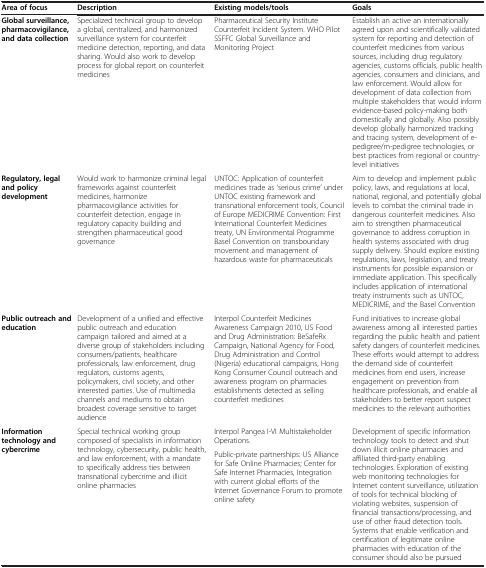
<table><thead><tr><td><b>Area of focus</b></td><td><b>Description</b></td><td><b>Existing models/tools</b></td><td><b>Goals</b></td></tr></thead><tbody><tr><td><b>Global surveillance, pharmacovigilance, and data collection</b></td><td>Specialized technical group to develop a global, centralized, and harmonized surveillance system for counterfeit medicine detection, reporting, and data sharing. Would also work to develop process for global report on counterfeit medicines</td><td>Pharmaceutical Security Institute Counterfeit Incident System. WHO Pilot SSFFC Global Surveillance and Monitoring Project</td><td>Establish an active an internationally agreed upon and scientifically validated system for reporting and detection of counterfeit medicines from various sources, including drug regulatory agencies, customs officials, public health agencies, consumers and clinicians, and law enforcement. Would allow for development of data collection from multiple stakeholders that would inform evidence-based policy-making both domestically and globally. Also possibly develop globally harmonized tracking and tracing system, development of e-pedigree/m-pedigree technologies, or best practices from regional or country-level initiatives</td></tr><tr><td><b>Regulatory, legal and policy development</b></td><td>Would work to harmonize criminal legal frameworks against counterfeit medicines, harmonize pharmacovigilance activities for counterfeit detection, engage in regulatory capacity building and strengthen pharmaceutical good governance</td><td>UNTOC: Application of counterfeit medicines trade as &#x27;serious crime’ under UNTOC existing framework and transnational enforcement tools, Council of Europe MEDICRIME Convention: First International Counterfeit Medicines treaty, UN Environmental Programme Basel Convention on transboundary movement and management of hazardous waste for pharmaceuticals</td><td>Aim to develop and implement public policy, laws, and regulations at local, national, regional, and potentially global levels to combat the criminal trade in dangerous counterfeit medicines. Also aim to strengthen pharmaceutical governance to address corruption in health systems associated with drug supply delivery. Should explore existing regulations, laws, legislation, and treaty instruments for possible expansion or immediate application. This specifically includes application of international treaty instruments such as UNTOC, MEDICRIME, and the Basel Convention</td></tr><tr><td><b>Public outreach and education</b></td><td>Development of a unified and effective public outreach and education campaign tailored and aimed at a diverse group of stakeholders including consumers/patients, healthcare professionals, law enforcement, drug regulators, customs agents, policymakers, civil society, and other interested parties. Use of multimedia channels and mediums to obtain broadest coverage sensitive to target audience</td><td>Interpol Counterfeit Medicines Awareness Campaign 2010, US Food and Drug Administration: BeSafeRx Campaign, National Agency for Food, Drug Administration and Control (Nigeria) educational campaigns, Hong Kong Consumer Council outreach and awareness program on pharmacies establishments detected as selling counterfeit medicines</td><td>Fund initiatives to increase global awareness among all interested parties regarding the public health and patient safety dangers of counterfeit medicines. These efforts would attempt to address the demand side of counterfeit medicines from end users, increase engagement on prevention from healthcare professionals, and enable all stakeholders to better report suspect medicines to the relevant authorities</td></tr><tr><td rowspan="2"><b>Information technology and cybercrime</b></td><td rowspan="2">Special technical working group composed of specialists in information technology, cybersecurity, public health, and law enforcement, with a mandate to specifically address ties between transnational cybercrime and illicit online pharmacies</td><td>Interpol Pangea I-VI Multistakeholder Operations.</td><td rowspan="2">Development of specific information technology tools to detect and shut down illicit online pharmacies and affiliated third-party enabling technologies. Exploration of existing web monitoring technologies for Internet content surveillance, utilization of tools for technical blocking of violating websites, suspension of financial transactions/processing, and use of other fraud detection tools. Systems that enable verification and certification of legitimate online pharmacies with education of the consumer should also be pursued</td></tr><tr><td>Public-private partnerships: US Alliance for Safe Online Pharmacies; Center for Safe Internet Pharmacies, Integration with current global efforts of the Internet Governance Forum to promote online safety</td></tr></tbody></table>